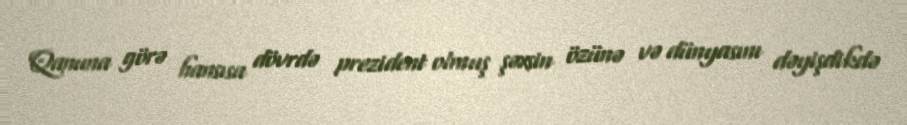
Qanuna görə hansısa dövrdə prezident olmuş şəxsin özünə və dünyasını dəyişdikdə